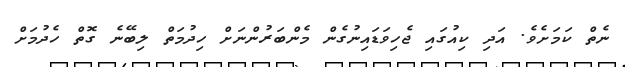
ނެތް ކަމަށެވެ. އަދި ކިއުގައި ޖެހިވަޑައިނުގެން މެންބަރުންނަށް ހިދުމަތް ލިބޭނެ ގޮތް ހެދުމަށް